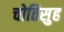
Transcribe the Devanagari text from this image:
चोतिसुह